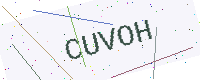
Text: CUVOH